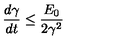
\frac { d \gamma } { d t } \leq \frac { E _ { 0 } } { 2 \gamma ^ { 2 } }